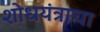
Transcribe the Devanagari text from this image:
शोधयंत्राचा